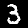
Digit: 3